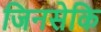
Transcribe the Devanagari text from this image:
जिनसेकि